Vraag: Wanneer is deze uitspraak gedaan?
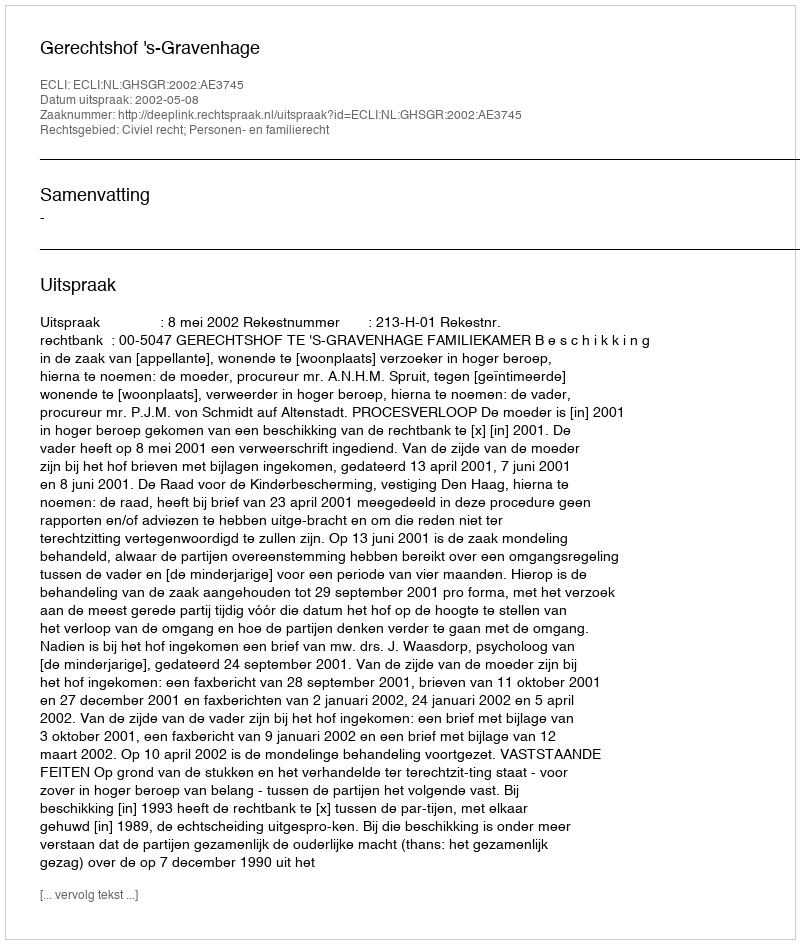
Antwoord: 2002-05-08